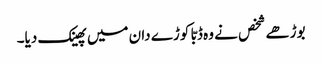
بوڑھے شخص نے وہ ڈبّا کوڑے دان میں پھینک دیا۔